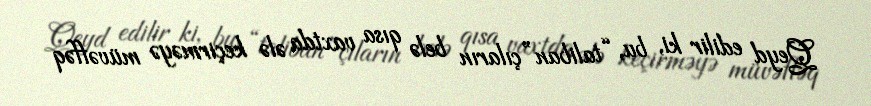
Qeyd edilir ki, bu, “taliban”çıların belə qısa vaxtda ələ keçirməyə müvəffəq